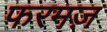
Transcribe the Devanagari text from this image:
फरमज़